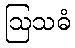
ဩသဓံ